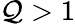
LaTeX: \mathcal{Q}>1